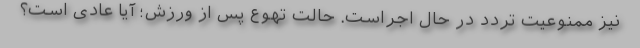
نیز ممنوعیت تردد در حال اجراست. حالت تهوع پس از ورزش؛ آیا عادی است؟